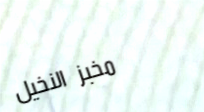
مخبز النخيل